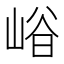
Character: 𡹒